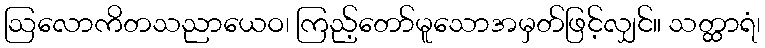
ဩလောကိတသညာယေဝ၊ ကြည့်တော်မူသောအမှတ်ဖြင့်လျှင်။ သတ္ထာရံ၊